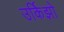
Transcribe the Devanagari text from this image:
उर्किझो